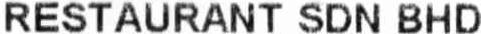
RESTAURANT SDN BHD